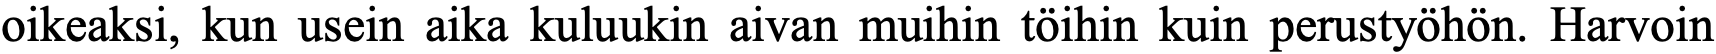
oikeaksi, kun usein aika kuluukin aivan muihin töihin kuin perustyöhön. Harvoin